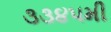
૩૩૪૫મી